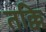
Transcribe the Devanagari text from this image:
तक्कि